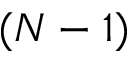
( N - 1 )